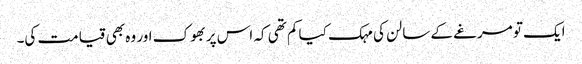
ایک تو مرغے کے سالن کی مہک کیا کم تھی کہ اس پر بھوک اور وہ بھی قیامت کی۔